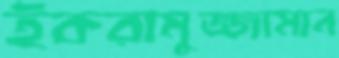
ইকরামুজ্জামান